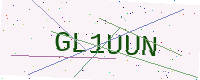
Text: GL1UUN